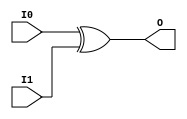
// $Header: /devl/xcs/repo/env/Databases/CAEInterfaces/verunilibs/s/XOR2.v,v 1.8 2003/01/21 01:55:44 wloo Exp $

/*

FUNCTION	: 2-INPUT XOR GATE

*/

`timescale  100 ps / 10 ps


module XOR2 (O, I0, I1);

    output O;

    input  I0, I1;

	xor X1 (O, I0, I1);

    specify
	(I0 *> O) = (0, 0);
	(I1 *> O) = (0, 0);
    endspecify

endmodule